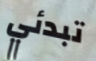
تبدئي